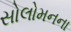
સોલોમનના